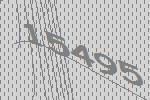
15495